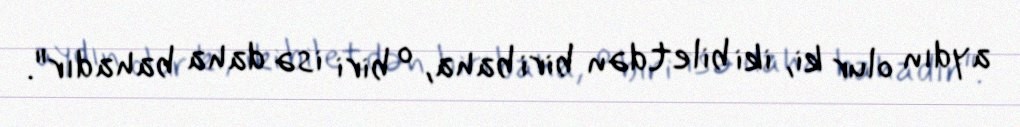
aydın olur ki, iki biletdən biri baha, o biri isə daha bahadır".